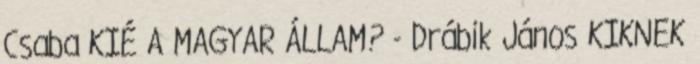
Csaba KIÉ A MAGYAR ÁLLAM? - Drábik János KIKNEK